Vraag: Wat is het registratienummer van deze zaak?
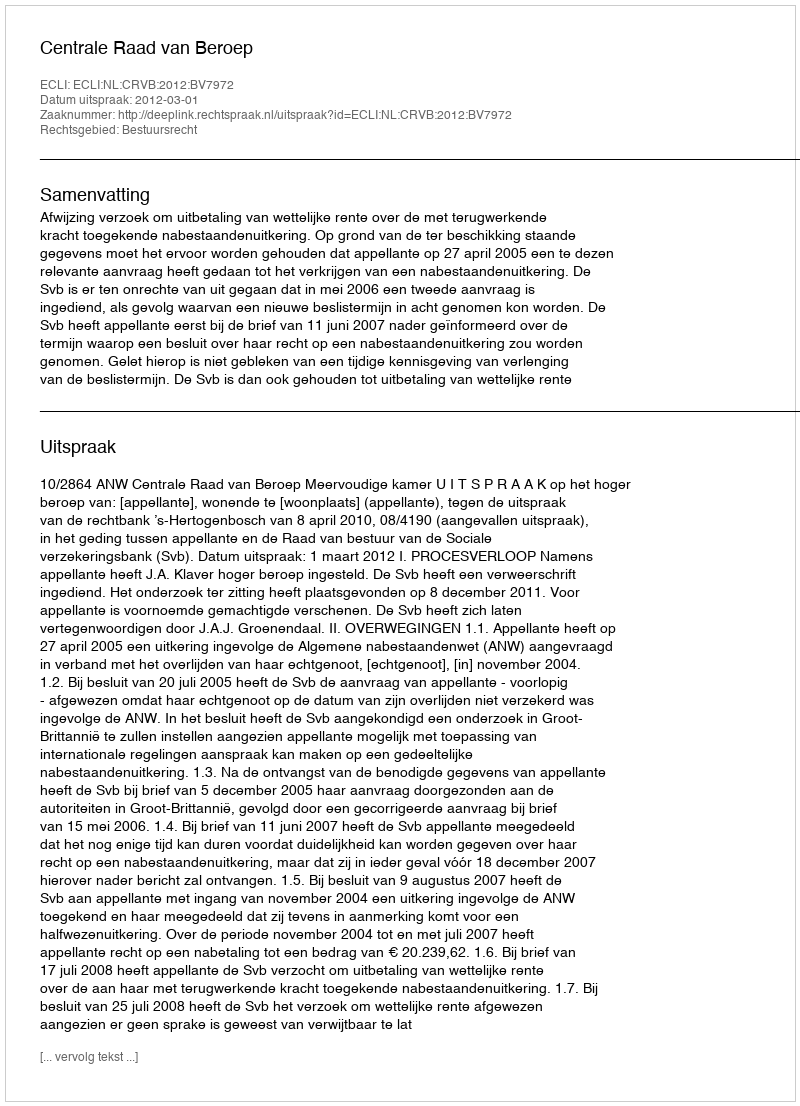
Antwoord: http://deeplink.rechtspraak.nl/uitspraak?id=ECLI:NL:CRVB:2012:BV7972